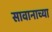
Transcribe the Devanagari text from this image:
सावानाच्या